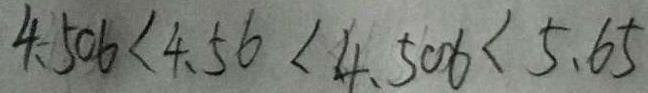
4 . 5 0 6 < 4 . 5 6 < 4 . 5 0 6 < 5 . 6 5